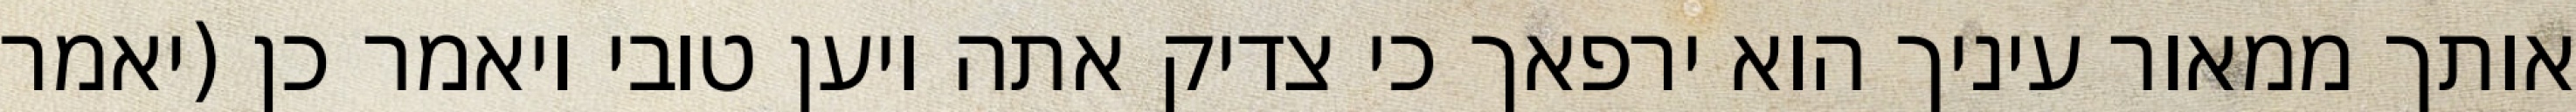
אותך ממאור עיניך הוא ירפאך כי צדיק אתה ויען טובי ויאמר כן (יאמר